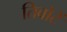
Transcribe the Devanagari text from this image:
तिबोटें